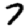
Digit: 7